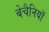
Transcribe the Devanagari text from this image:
बेचैनियाँ